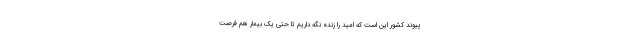
پیوند کشور این است که امید را زنده نگه داریم تا حتی یک بیمار هم فرصت